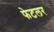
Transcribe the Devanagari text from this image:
फेटलर